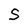
Character: S